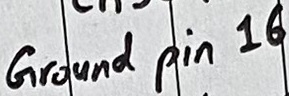
Text: Ground pin 16